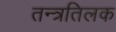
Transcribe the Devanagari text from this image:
तन्त्रतिलक